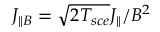
J _ { \parallel B } = \sqrt { 2 T _ { s c e } } J _ { \parallel } / B ^ { 2 }